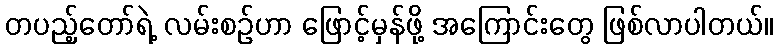
တပည့်တော်ရဲ့ လမ်းစဉ်ဟာ ဖြောင့်မှန်ဖို့ အကြောင်းတွေ ဖြစ်လာပါတယ်။